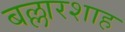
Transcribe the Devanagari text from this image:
बल्लारशाह